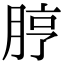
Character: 脝